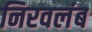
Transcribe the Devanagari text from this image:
निरवलंब